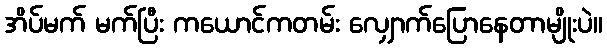
အိပ်မက် မက်ပြီး ကယောင်ကတမ်း လျှောက်ပြောနေတာမျိုးပဲ။